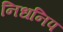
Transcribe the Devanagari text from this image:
निधनिप